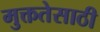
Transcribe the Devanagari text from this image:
मुक्ततेसाठी